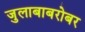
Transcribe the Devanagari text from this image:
जुलाबाबरोबर